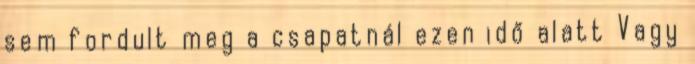
sem fordult meg a csapatnál ezen idő alatt Vagy